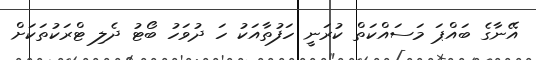
އޭނާގެ ބައްޕަ މަސައްކަތް ކުރަނީ ހަފުތާއަކު ހަ ދުވަހު ބޯޓު ދެލި ޓްރަކުތަކަށް